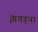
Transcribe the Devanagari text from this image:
झगड़ना